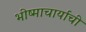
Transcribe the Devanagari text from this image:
भीष्माचार्याची